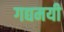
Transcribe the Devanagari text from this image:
गद्यमयी